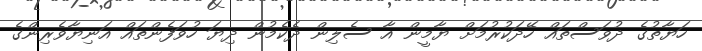
ހަޔާތުގެ ދުވަސްތައް ހޭދަކުރުމަށް ޔާމީން އާ ސެލިން ދެކެމުން ދިޔަ ހުވަފެންތައް އަނިޔާވެރިންގެ